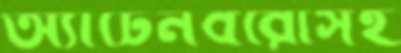
অ্যাটেনবরোসহ